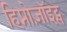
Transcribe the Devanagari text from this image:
हिप्नोज़ॉइट्स